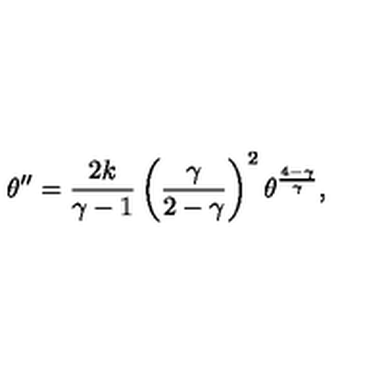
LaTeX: \theta ^ { \prime \prime } = { \frac { 2 k } { \gamma - 1 } } \left( { \frac { \gamma } { 2 - \gamma } } \right) ^ { 2 } \theta ^ { \frac { 4 - \gamma } { \gamma } } ,